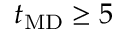
t _ { \mathrm { M D } } \geq 5